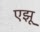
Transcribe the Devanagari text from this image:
एझू